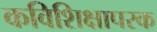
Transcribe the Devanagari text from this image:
कविशिक्षापरक